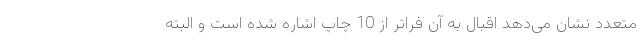
متعدد نشان می‌دهد اقبال به آن فراتر از 10 چاپ اشاره شده است و البته